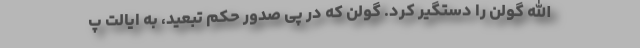
الله گولن را دستگیر کرد. گولن که در پی صدور حکم تبعید، به ایالت پ